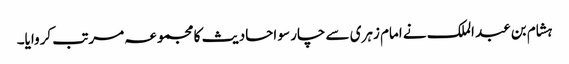
ہشام بن عبد الملک نے امام زہری سے چار سو احادیث کا مجموعہ مرتب کروایا۔